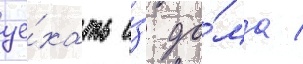
уе́хать и́з до́ма /